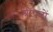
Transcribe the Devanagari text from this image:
श्रीपत्रों